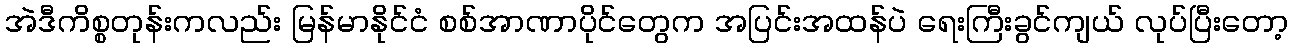
အဲဒီကိစ္စတုန်းကလည်း မြန်မာနိုင်ငံ စစ်အာဏာပိုင်တွေက အပြင်းအထန်ပဲ ရေးကြီးခွင်ကျယ် လုပ်ပြီးတော့